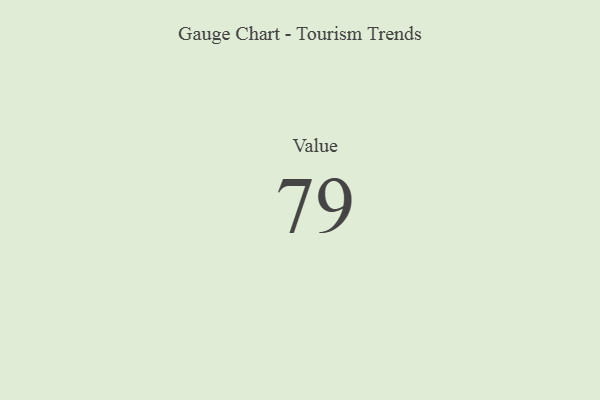
{"axis": {"x": "Metric", "y": "Value"}, "legend": [""], "data": [{"x": "Value", "y": 79, "type": ""}]}